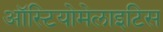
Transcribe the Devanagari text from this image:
ऑस्टियोमेलाइटिस